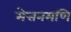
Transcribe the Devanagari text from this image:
मेत्तनमणि